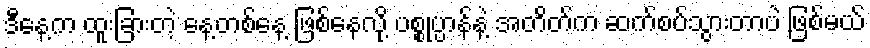
ဒီနေ့က ထူးခြားတဲ့ နေ့တစ်နေ့ ဖြစ်နေလို့ ပစ္စုပ္ပာန်နဲ့ အတိတ်က ဆက်စပ်သွားတာပဲ ဖြစ်မယ်